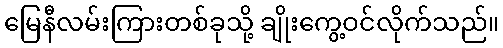
မြေနီလမ်းကြားတစ်ခုသို့ ချိုးကွေ့ဝင်လိုက်သည်။